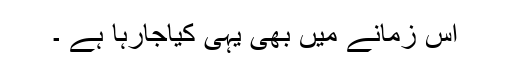
اس زمانے میں بھی یہی کیاجارہا ہے ۔